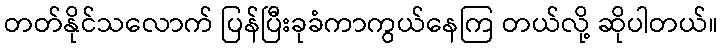
တတ်နိုင်သလောက် ပြန်ပြီးခုခံကာကွယ်နေကြ တယ်လို့ ဆိုပါတယ်။